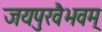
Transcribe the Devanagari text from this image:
जयपुरवैभवम्